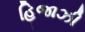
હિજાઝી